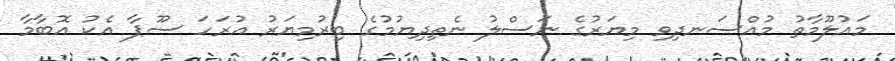
މައުލޫމާތު މުއްސަނދިވި މިޔަރުގެ ނަސްލު ނެތިދިޔުމުގެ ބިރުމިޔަރު އުރަހަ ސޫޕާ އެކު އޮބާމާ